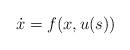
LaTeX: \begin{align*}\dot{x} = f(x,u(s))\end{align*}